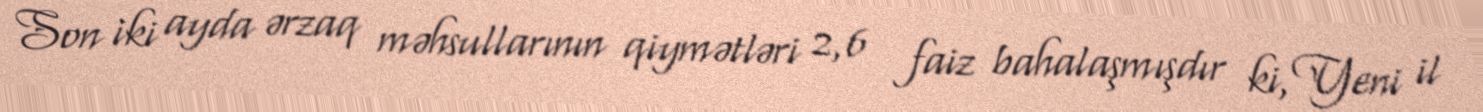
Son iki ayda ərzaq məhsullarının qiymətləri 2,6 faiz bahalaşmışdır ki, Yeni il